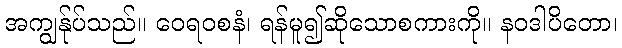
အကျွန်ုပ်သည်။ ဝေရဝစနံ၊ ရန်မူ၍ဆိုသောစကားကို။ နဝဒါပိတော၊